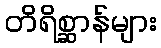
တိရိစ္ဆာန်များ